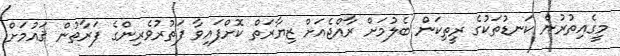
މީގެއިތުރުން ކަނޑުތަކުގެ ރީތިކަން ބެލުމަށް ރާއްޖެއަށް ޒިޔާރަތް ކޮށްފައިވާ ފަތުރުވެރިންގެ ފަރާތުން ޤައުމަށް